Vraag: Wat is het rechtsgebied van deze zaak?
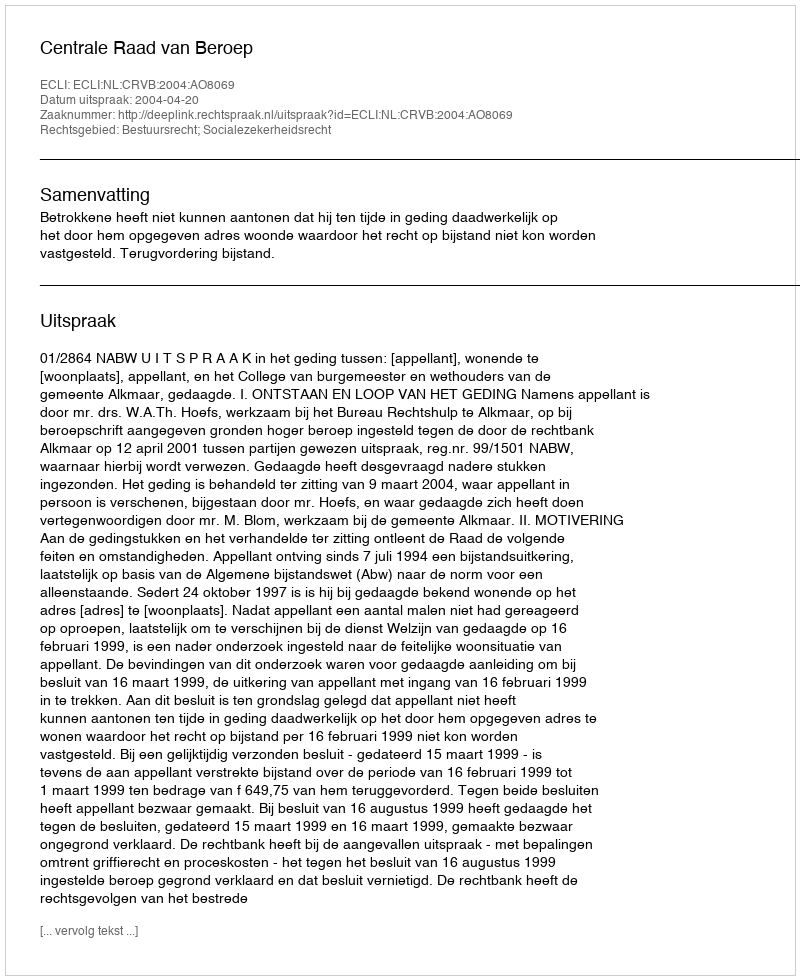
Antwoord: Bestuursrecht; Socialezekerheidsrecht